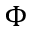
\Phi